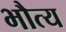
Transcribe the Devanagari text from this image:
भौत्य